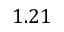
1 . 2 1